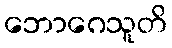
ဘောဂေသူတိ